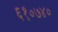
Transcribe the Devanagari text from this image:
६१०७४०